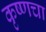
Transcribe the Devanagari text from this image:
कृष्णचा